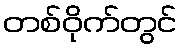
တစ်ဝိုက်တွင်